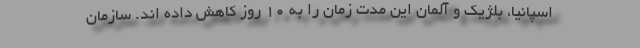
اسپانیا، بلژیک و آلمان این مدت زمان را به ۱۰ روز کاهش داده اند. سازمان